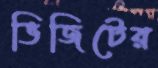
ভিজিটের